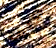
كلبك